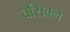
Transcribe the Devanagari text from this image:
वेसिक्ले